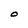
Character: O